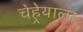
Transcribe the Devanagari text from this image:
चेहेर्‍याला